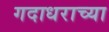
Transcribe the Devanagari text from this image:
गदाधराच्या